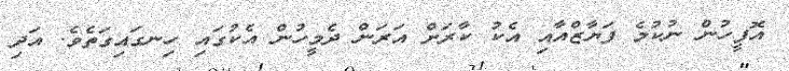
އޮފީހުން ނުކުމެ ފަޔާޒްއާއި އެކު ކާރަށް އަރަން ދެމީހުން އެކުގައި ހިނގައިގަތެވެ. އަދި